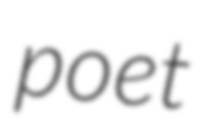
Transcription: poet